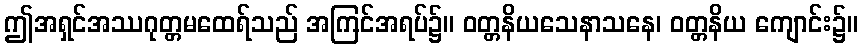
ဤအရှင်အဿဂုတ္တမထေရ်သည် အကြင်အရပ်၌။ ဝတ္တနိယသေနာသနေ၊ ဝတ္တနိယ ကျောင်း၌။